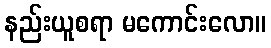
နည်းယူစရာ မကောင်းလော။